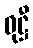
ဝုဋ္ဌီ